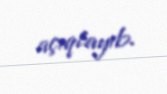
açıqlayıb.